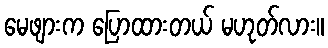
မေဖျားက ပြောထားတယ် မဟုတ်လား။